Report on vaccination in Madras 1922-1929 - 1922-1929
Year: 1922
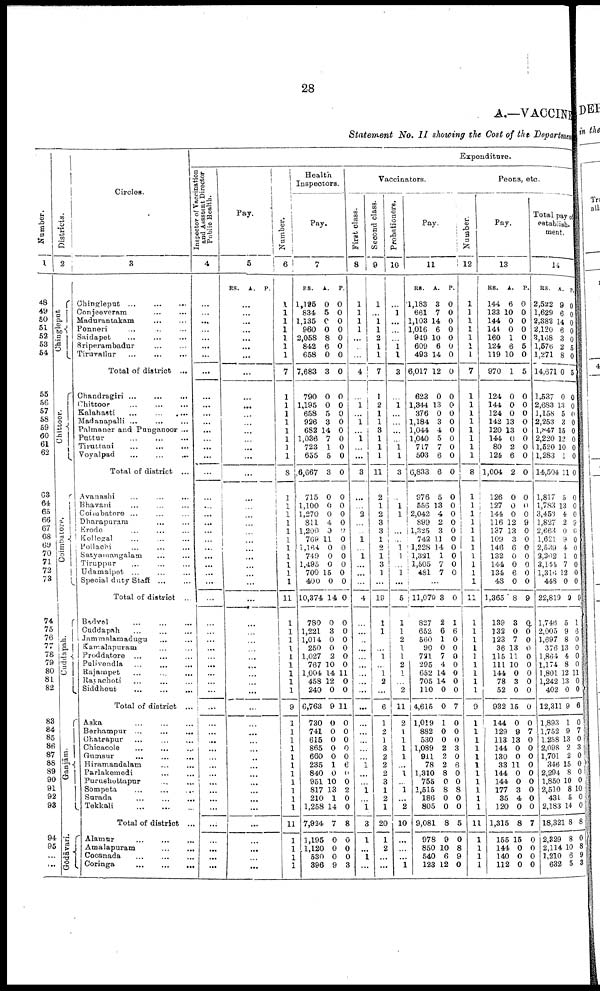
28
A.—VACCINE
Statement No. II showing the Cost of the Department
Number.
1
48
49
50
51
52
53
54
55
56
57
58
59
60
61
62
63
64
65
66
67
68
69
70
71
72
73
74
75
76
77
78
79
80
81
82
83
84
85
86
87
88
89
90
91
92
93
94
95
...
...
Districts.
2
Chingleput
Chittoor.
Coimbatore.
Cuddapah.
Ganjām.
Gōdāvari.
Circles.
3
Chingleput
...
...
...
Conjeeveram ... ...
Madurantakam ... ...
Ponneri ... ... ...
Saidapet
...
...
...
Sriperambadur
...
...
Tiruvallur
...
...
...
Total of district ...
Chandragiri...
...
...
Chittoor
...
...
...
Kalahasti
...
...
...
Madanapalli ... ... ...
Palmaner and Punganoor ...
Puttur
...
...
...
Tiruttani
...
...
...
Voyalpad
...
...
...
Total of district ...
Avanashi ... ... ...
Bhavani ... ... ...
Coimbatore ... ... ...
Dharapuram ... ... ...
Erode ... ... ...
Kollegal ... ... ...
Pollachi ... ... ...
Satyamangalam ... ...
Tiruppur ... ... ...
Udamalpet ... ... ...
Special duty Staff
...
...
Total of district ...
Badvel ... ... ...
Cuddapah ... ... ...
Jammalamadugu ... ...
Kamalapuram ... ...
Proddatore ... ... ...
Pulivendla
...
...
...
Rajampet ... ... ...
Rayachoti ... ... ...
Siddhout
...
...
...
Total of district ...
Aska ... ... ...
Berhampur
...
...
...
Chatrapur ... ... ...
Chicacole ... ... ...
Gumsur ... ... ...
Hiramandalam ... ...
Parlakemedi ... ... ...
Purushottapur ... ... ...
Sompeta
...
...
...
Surada
...
...
...
Tekkali
...
...
...
Total of district ...
Alamur
...
...
...
Amalapuram
...
...
Cocanada ... ... ...
Coringa
...
...
...
Expenditure.
Inspector of Vaccination
and Assstant Director
Public Health.
4
...
...
...
...
...
...
...
...
...
...
...
...
...
...
...
...
...
...
...
...
...
...
...
...
...
...
...
...
...
...
...
...
...
...
...
...
...
...
...
...
...
...
...
...
...
...
...
...
...
...
...
...
...
...
...
Pay.
5
RS.
A. P.
...
...
...
...
...
...
...
...
...
...
...
...
...
...
...
...
...
...
...
...
...
...
...
...
...
...
...
...
...
...
...
...
...
...
...
...
...
...
...
...
...
...
...
...
...
...
...
...
...
...
...
...
...
...
...
Number.
6
1
1
1
1
1
1
1
7
1
1
1
1
1
1
1
1
8
1
1
1
1
1
1
1
1
1
1
1
11
1
1
1
1
1
1
1
1
1
9
1
1
1
1
1
1
1
1
1
1
1
11
1
1
1
1
Health
Inspectors.
Pay.
7
RS.
1,195
834
1,135
960
2,058
842
658
7,683
790
1,195
658
926
682
1,036
723
655
,6,667
715
1,100
1,270
811
1,200
760
1,164
749
1,495
700
400
10,374
780
1,221
1,014
250
1,027
767
1,004
458
240
6,763
730
741
615
865
660
235
840
951
817
210
1,258
7,924
1,195
1,120
530
396
A.
0
5
0
0
8
6
0
3
0
0
5
3
14
7
1
5
3
0
0
0
4
0
11
0
0
0
15
0
14
0
3
0
0
2
10
14
12
0
9
0
0
0
0
0
1
0
10
13
1
14
7
0
0
0
9
P.
0
0
0
0
0
0
0
0
0
0
0
0
0
0
0
0
0
0
0
0
0
0
0
0
0
0
0
0
0
0
0
0
0
0
0
11
0
0
11
0
0
0
0
0
6
0
0
2
0
0
8
0
0
0
3
Vaccinators.
First class.
8
1
1
1
1
...
...
...
4
...
1
...
1
...
1
...
...
3
...
...
2
...
...
1
...
1
...
...
...
4
...
...
...
...
...
...
...
...
...
...
...
...
...
...
...
1
...
...
1
...
1
3
1
...
1
...
Second class.
9
1
...
1
1
2
1
1
7
1
2
1
1
3
1
1
1
11
2
1
2
3
3
1
2
1
3
1
...
19
1
1
...
1
...
1
2
...
6
1
2
1
3
2
2
2
3
1
2
1
20
1
2
...
...
Probationers.
10
...
1
...
...
...
1
1
3
...
1
...
...
...
...
1 1
3
...
1
1
...
...
...
1
1
...
1
...
5
1
1
2
1
1
2
1
...
2
11
2
1
1
1
1
...
1
...
1
...
2
10
...
...
...
1
Pay.
11
RS.
1,183
661
1,103
1,016
949
609
493
6,017
623
1,344
376
1,184
1,044
1,040
717
503
6,833
976
556
2,042
899
1,325
742
1,228
1,321
1,505
481
A.
3
7
14
6
10
6
14
12
0
13
0
3
4
5
7
6
6
5
13
4
2
3
11
14
1
7
7
P.
0
0
0
0
0
0
0
0
0
0
0
0
0
0
0
0
0
0
0
0
0
0
0
0
0
0
0
...
11,070
827
652
560
90
721
295
652
705
110
4,615
1,019
882
530
1,089
911
78
1,310
755
1,515
186
805
9,081
978
850
540
123
3
2
6
1
0
7
4
14
14
0
0
1
0
0
2
2
2
8
0
8
0
0
8
9
10
6
12
0
1
6
0
0
0
0
0
0
0
7
0
0
0
3
0
6
0
0
8
0
0
5
0
8
9
0
Number.
12
1
1
1
1
1
1
1
7
1
1
1
1
1
1
1
1
8
1
1
1
1
1
1
1
1
1
1
1
11
1
1
1
1
1
1
1
1
1
9
1
1
1
1
1
1
1
1
1
1
1
11
1
1
1
1
Peons, etc.
Pay.
13
RS.
144
133
144
144
160
124
119
970
124
144
124
142
120
144
80
124
1,004
126
127
144
116
137
109
146
132
144
134
48
1,365
139
132
123
36
115
111
144
78
52
932
144
129
113
144
130
33
144
144
177
35
120
1,315
155
144
140
112
A.
6
10
0
0
1
6
10
1
0
0
0
13
13
0
2
6
2
0
0
0
12
13
3
6
0
0
6
0
8
3
0
7
13
11
10
0
3
0
15
0
9
13
0
0
11
0
0
3
4
0
8
15
0
0
0
P.
0
0
0
0
0
5
0
5
0
0
0
0
0
0
0
0
0
0
0
0
9
0
0
0
0
0
0
0
9
0
0
0
0
0
0
0
0
0
0
0
7
0
0
0
0
0
0
0
0
0
7
0
0
0
0
Total pay of
establish-
ment.
14
RS.
2,522
1,629
2,382
2,120
3,168
1,576
1,271
14,671
1,537
2,683
1,158
2,253
1,847
2,220
1,520
1,283
14,504
1,817
1,783
3,450
1,827
2,663
1,621
2,539
2,202
3,144
1,316
448
22,819
1,746
2,005
1,697
376
1,864
1,174
1,801
1,242
402
12,311
1,893
1,752
1,258
2,098
1,701
346
2,294
1,850
2,510
431
2,183
18,321
2,329
2,114
1,210
632
A.
9
6
14
6
8
2
8
0
0
13
5
3
15
12
10
1
11
5
13
4
2
0
9
4
1
7
12
0
9
5
9
8
13
4
8
12
13
0
9
1
9
13
2
2
15
8
10
8
5
14
8
8
10
6
5
P.
0
0
0
0
0
5
0
5
0
0
0
0
0
0
0
0
0
0
0
0
9
0
0
0
0
0
0
0
9
1
8
0
0
0
0
11
0 0
6
0
7
0
3
0
0
0 0
10
0 0
8
0
8
9
3